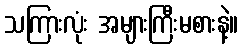
သကြားလုံး အများကြီးမစားနဲ့။